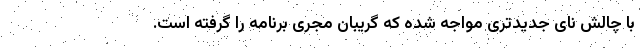
با چالش نای جدیدتری مواجه شده که گریبان مجری برنامه را گرفته است.